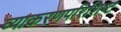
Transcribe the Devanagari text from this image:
व्याकरणपरिशिष्ट